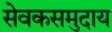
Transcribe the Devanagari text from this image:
सेवकसमुदाय